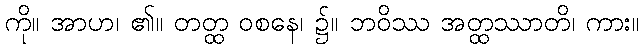
ကို။ အာဟ၊ ၏။ တတ္ထ ဝစနေ၊ ၌။ ဘဝိဿ အတ္ထဿာတိ၊ ကား။